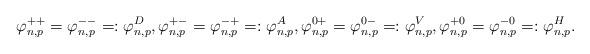
LaTeX: \begin{align*}\varphi^{++}_{n,p} = \varphi^{--}_{n,p} =: \varphi^{D}_{n,p}, \varphi^{+-}_{n,p} = \varphi^{-+}_{n,p} =: \varphi^{A}_{n,p}, \varphi^{0+}_{n,p} = \varphi^{0-}_{n,p} =: \varphi^{V}_{n,p}, \varphi^{+0}_{n,p} = \varphi^{-0}_{n,p} =: \varphi^{H}_{n,p}.\end{align*}